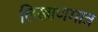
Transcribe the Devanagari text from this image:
लिखाणमात्र